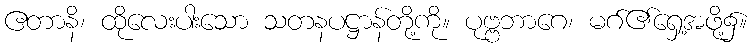
ဧတာနိ၊ ထိုလေးပါးသော သတနပဋ္ဌာန်တို့ကို။ ပုဗ္ဗဘာဂေ၊ မဂ်၏ရှေ့အဖို့၌။